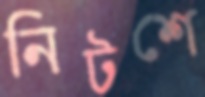
নিটশে